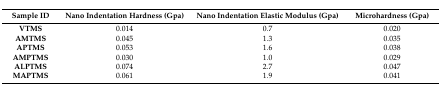
| Sample ID | Nano Indentation Hardness (Gpa) | Nano Indentation Elastic Modulus (Gpa) | Microhardness (Gpa) |
 | --- | --- | --- | --- |
 | VTMS | 0.014 | 0.7 | 0.020 |
 | AMTMS | 0.045 | 1.3 | 0.035 |
 | APTMS | 0.053 | 1.6 | 0.038 |
 | AMPTMS | 0.030 | 1.0 | 0.029 |
 | ALPTMS | 0.074 | 2.7 | 0.047 |
 | MAPTMS | 0.061 | 1.9 | 0.041 |